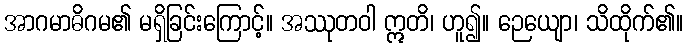
အာဂမာဓိဂမ၏ မရှိခြင်းကြောင့်။ အဿုတဝါ ဣတိ၊ ဟူ၍။ ဉေယျော၊ သိထိုက်၏။